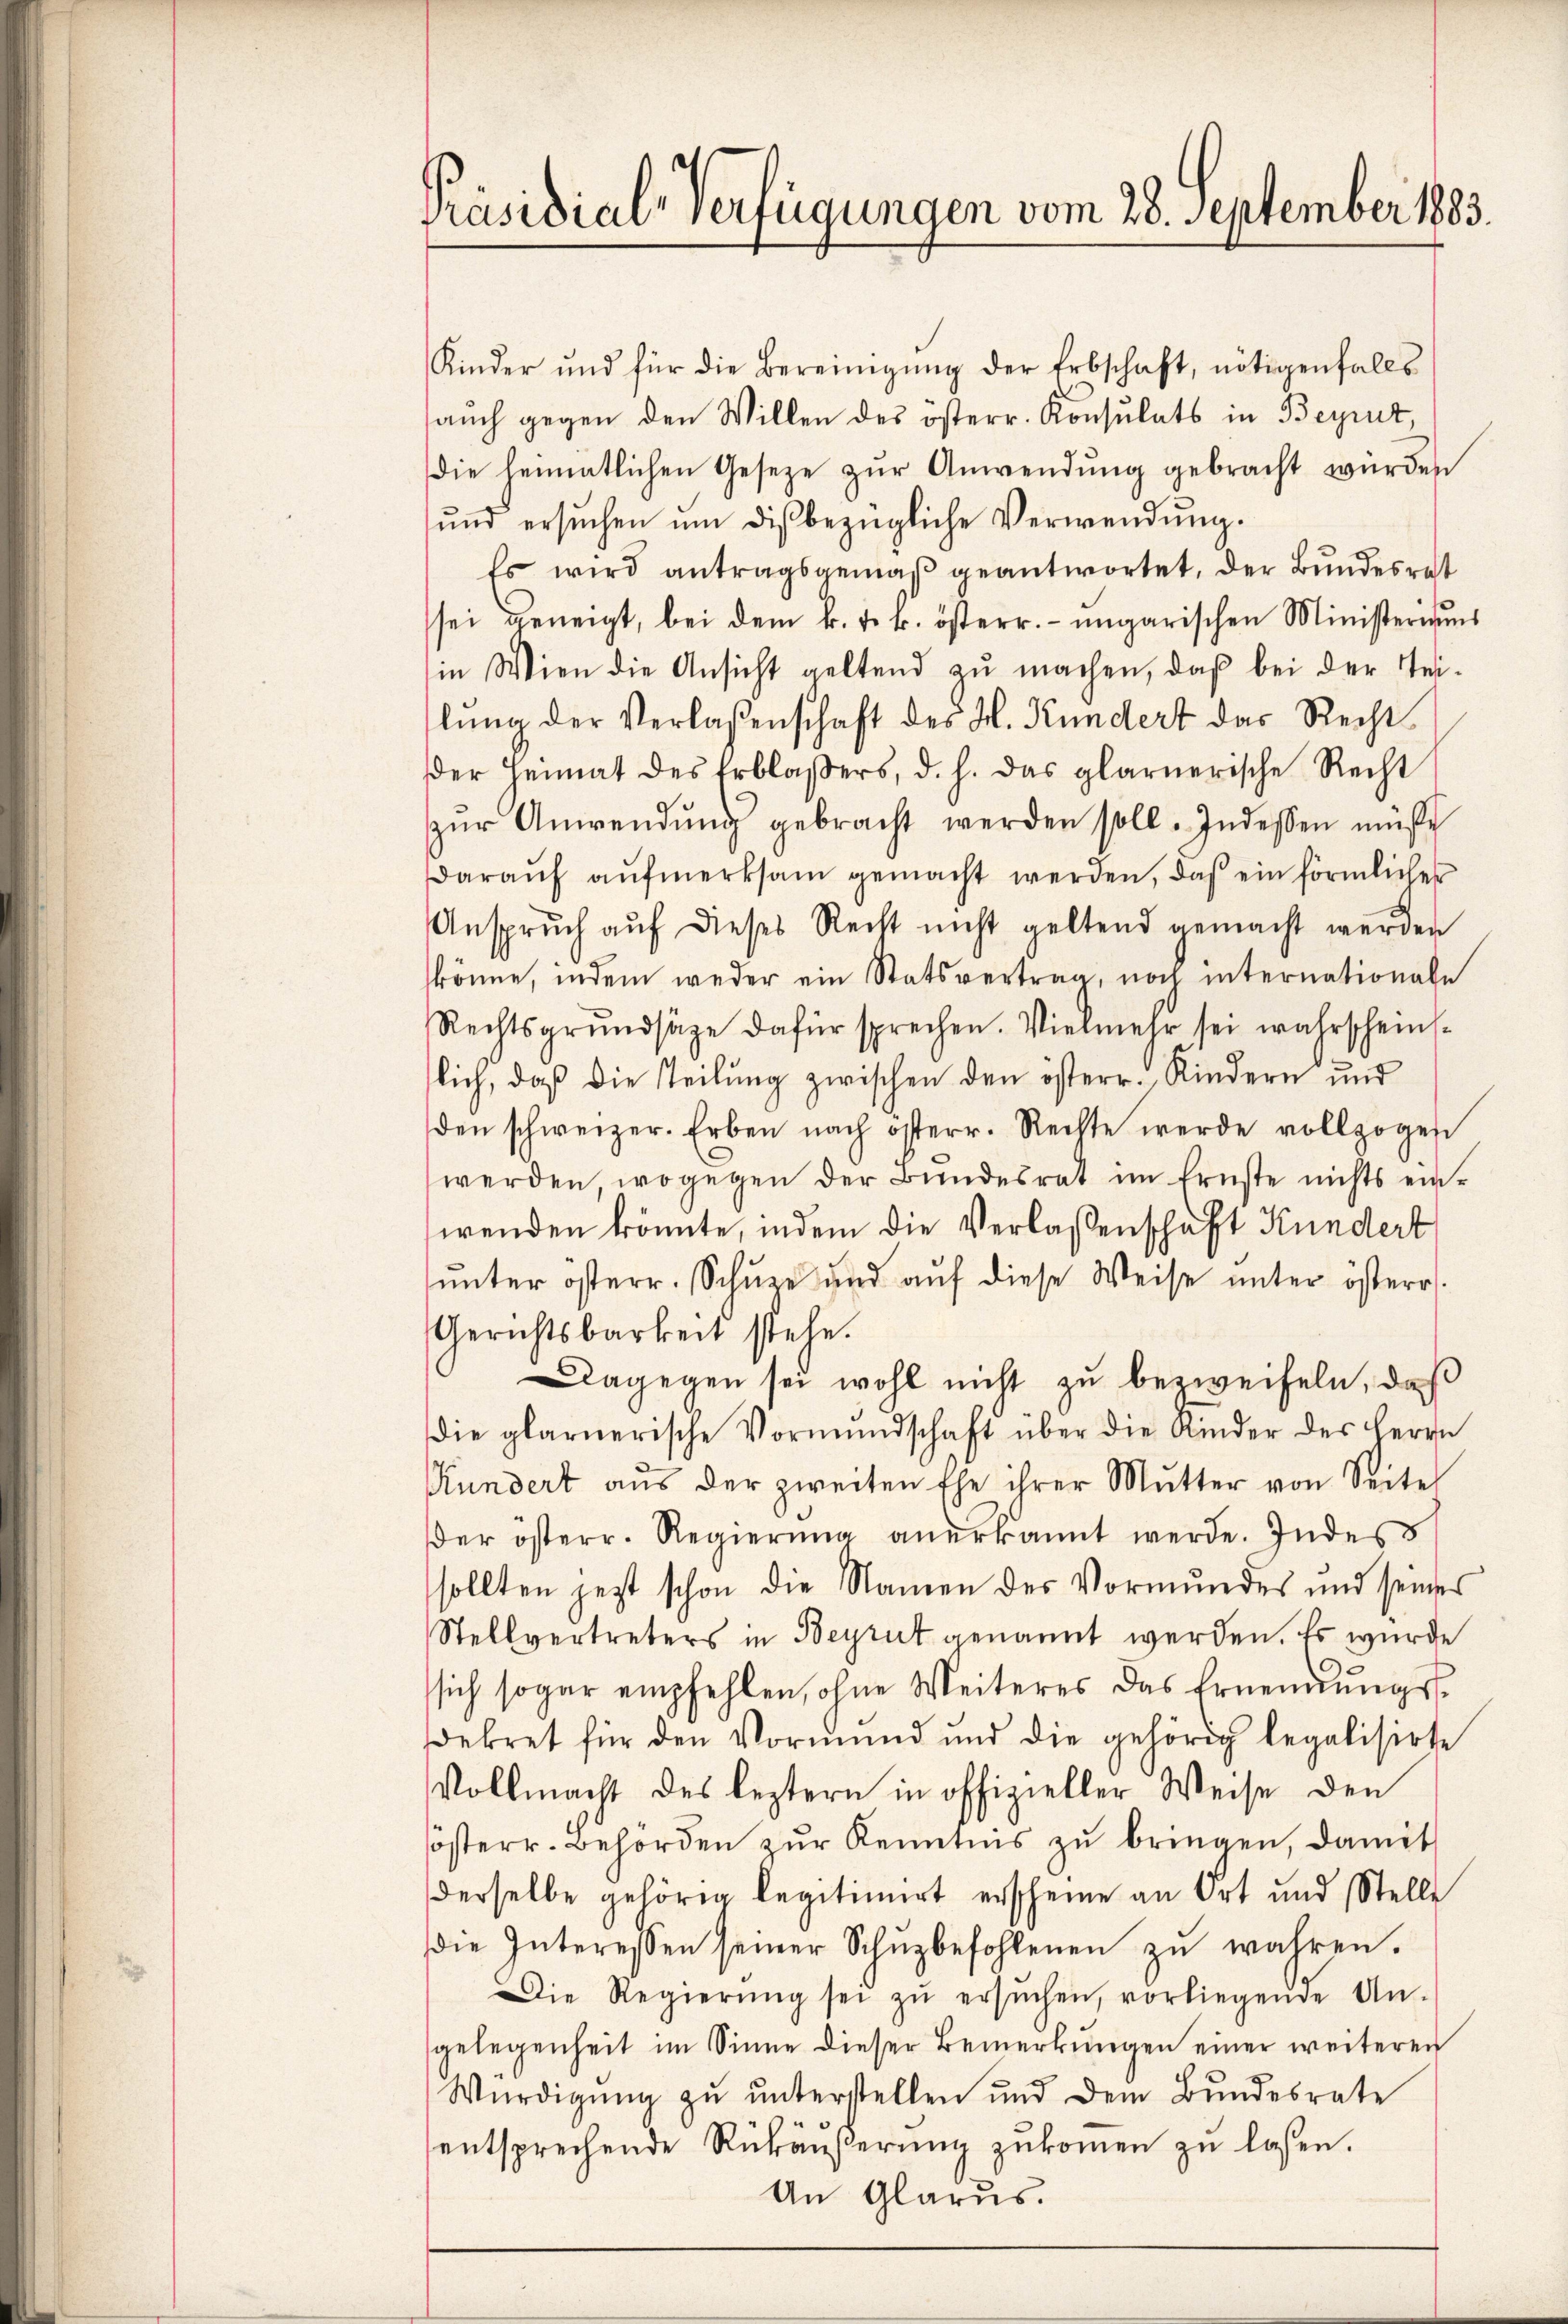
Präsidial-Verfügungen vom 28. September 1883.

Kinder und für die Bereinigŭng der Erbschaft, nötigenfalls
auch gegen den Willen des österr. Konsulats in Beyrut,
die heimatlichen Geseze zŭr Anwendŭng gebracht würden
ŭnd ersŭchen ŭm dis bezügliche Verwendŭng.
Es wird antragsgemäß geantwortet, der Bundesrat
sei geneigt, bei dem k. k. k. österr. ungarischen Ministeriums
in Wien die Ansicht geltend zŭ machen, daß bei der Tei-
lŭng der Verlaßenschaft des H. Kundert das Recht
der Heimat des Erblasers, d. h. das glarnerische Recht
zŭr Anwendŭng gebracht werden soll. Indessen müsse
daraŭf aŭfmerksam gemacht werden, daß ein förmliches
Anspruch auf dieses Recht nicht geltend gemacht werden
könne, indem weder ein Statsvertrag, noch internationale
Rechtsgrundsätze dafür sprechen. Vielmehr sei wahrschein-
lich, daß die Teilung zwischen den österr. Kindern und
den schweizer. Erben nach österr. Rechte werde vollzogen
werden, wogegen der Bundesrat im Ernste nichts ein-
wenden könnte, indem die Verlassenschaft Kundert
ŭnter österr. Schŭze und aŭf diese Weise unter österr.
Gerichtsbarkeit stehe.
Dagegen sei wohl nicht zu bezweifeln, daß
die glarnerische Vormundschaft über die Kinder der Herrn
Kundert aŭs der zweiten Ehe ihrer Mŭtter von Seite
der österr. Regierŭng anerkannt werde. Indess
sollten jetzt schon die Namen des Vormundes und seines
Stellvertreters in Beyrut genannt werden. Es wurde
sich sogar empfehlen, ohne Weiteres das Ernennungsdekret für den Vormŭnd und die gehörig legalisirte
Vollmacht des leztern in offizieller Weise den
sösterr. Behörden zur Kenntnis zu bringen, damit
derselbe gehörig legitimiert erscheine an Ort und Stelle
die Interessen seiner Schŭzbefohlenen zŭ wahren.
Die Regierŭng sei zŭ ersŭchen, vorliegende An-
gelegenheit im Sinne dieser Bemerkŭngen einer weiteren
Würdigŭng zŭ ŭnterstellen und dem Bŭndesrate
entsprechende Rückäußerung zukommen zu lassen.
An Glarus.